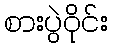
စားပွဲဝိုင်း